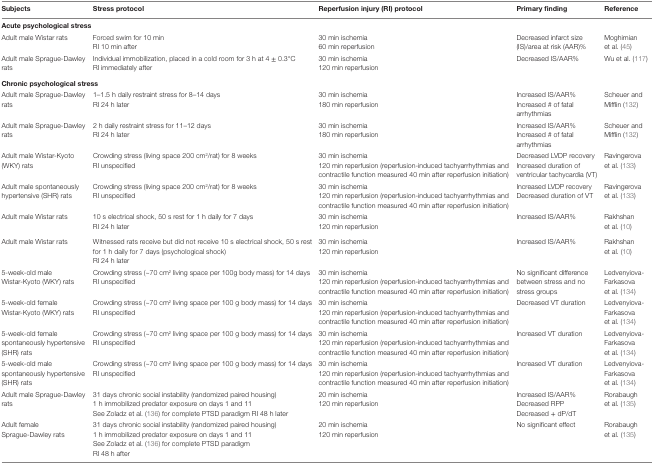
<table><thead><tr><td><b>Subjects</b></td><td><b>Stress protocol</b></td><td><b>Reperfusion injury (RI) protocol</b></td><td><b>Primary finding</b></td><td><b>Reference</b></td></tr></thead><tbody><tr><td colspan="5"><b>Acute psychological stress</b></td></tr><tr><td rowspan="2">Adult male Wistar rats</td><td>Forced swim for 10 min</td><td>30 min ischemia</td><td rowspan="2">Decreased infarct size (IS)/area at risk (AAR)%</td><td rowspan="2">Moghimian et al. (45)</td></tr><tr><td>RI 10 min after</td><td>60 min reperfusion</td></tr><tr><td rowspan="2">Adult male Sprague-Dawley rats</td><td>Individual immobilization, placed in a cold room for 3 h at 4 ± 0.3°C</td><td>30 min ischemia</td><td rowspan="2">Decreased IS/AAR%</td><td rowspan="2">Wu et al. (117)</td></tr><tr><td>RI immediately after</td><td>120 min reperfusion</td></tr><tr><td colspan="5"><b>Chronic psychological stress</b></td></tr><tr><td rowspan="2">Adult male Sprague-Dawley rats</td><td>1–1.5 h daily restraint stress for 8–14 days</td><td>30 min ischemia</td><td>Increased IS/AAR%</td><td rowspan="2">Scheuer and Mifflin (132)</td></tr><tr><td>RI 24 h later</td><td>180 min reperfusion</td><td>Increased # of fatal arrhythmias</td></tr><tr><td rowspan="2">Adult male Sprague-Dawley rats</td><td>2 h daily restraint stress for 11–12 days</td><td>30 min ischemia</td><td>Increased IS/AAR%</td><td rowspan="2">Scheuer and Mifflin (132)</td></tr><tr><td>RI 24 h later</td><td>180 min reperfusion</td><td>Increased # of fatal arrhythmias</td></tr><tr><td rowspan="2">Adult male Wistar-Kyoto (WKY) rats</td><td>Crowding stress (living space 200 cm<sup>2</sup>/rat) for 8 weeks</td><td>30 min ischemia</td><td>Decreased LVDP recovery</td><td rowspan="2">Ravingerova et al. (133)</td></tr><tr><td>RI unspecified</td><td>120 min reperfusion (reperfusion-induced tachyarrhythmias and contractile function measured 40 min after reperfusion initiation)</td><td>Increased duration of ventricular tachycardia (VT)</td></tr><tr><td rowspan="2">Adult male spontaneously hypertensive (SHR) rats</td><td>Crowding stress (living space 200 cm<sup>2</sup>/rat) for 8 weeks</td><td>30 min ischemia</td><td>Increased LVDP recovery</td><td rowspan="2">Ravingerova et al. (133)</td></tr><tr><td>RI unspecified</td><td>120 min reperfusion (reperfusion-induced tachyarrhythmias and contractile function measured 40 min after reperfusion initiation)</td><td>Decreased duration of VT</td></tr><tr><td rowspan="2">Adult male Wistar rats</td><td>10 s electrical shock, 50 s rest for 1 h daily for 7 days</td><td>30 min ischemia</td><td rowspan="2">Increased IS/AAR%</td><td rowspan="2">Rakhshan et al. (10)</td></tr><tr><td>RI 24 h later</td><td>120 min reperfusion</td></tr><tr><td rowspan="2">Adult male Wistar rats</td><td>Witnessed rats receive but did not receive 10 s electrical shock, 50 s rest for 1 h daily for 7 days (psychological shock)</td><td>30 min ischemia</td><td>Increased IS/AAR%</td><td rowspan="2">Rakhshan et al. (10)</td></tr><tr><td>RI 24 h later</td><td>120 min reperfusion</td></tr><tr><td rowspan="2">5-week-old male Wistar-Kyoto (WKY) rats</td><td>Crowding stress (~70 cm<sup>2</sup> living space per 100g body mass) for 14 days</td><td>30 min ischemia</td><td rowspan="2">No significant difference between stress and no stress groups</td><td rowspan="2">Ledvenyiova-Farkasova et al. (134)</td></tr><tr><td>RI unspecified</td><td>120 min reperfusion (reperfusion-induced tachyarrhythmias and contractile function measured 40 min after reperfusion initiation)</td></tr><tr><td rowspan="2">5-week-old female Wistar-Kyoto (WKY) rats</td><td>Crowding stress (~70 cm<sup>2</sup> living space per 100 g body mass) for 14 days</td><td>30 min ischemia</td><td rowspan="2">Decreased VT duration</td><td rowspan="2">Ledvenyiova-Farkasova et al. (134)</td></tr><tr><td>RI unspecified</td><td>120 min reperfusion (reperfusion-induced tachyarrhythmias and contractile function measured 40 min after reperfusion initiation)</td></tr><tr><td rowspan="2">5-week-old female spontaneously hypertensive (SHR) rats</td><td>Crowding stress (~70 cm<sup>2</sup> living space per 100 g body mass) for 14 days</td><td>30 min ischemia</td><td rowspan="2">Increased VT duration</td><td rowspan="2">Ledvenyiova-Farkasova et al. (134)</td></tr><tr><td>RI unspecified</td><td>120 min reperfusion (reperfusion-induced tachyarrhythmias and contractile function measured 40 min after reperfusion initiation)</td></tr><tr><td rowspan="2">5-week-old male spontaneously hypertensive (SHR) rats</td><td>Crowding stress (~70 cm<sup>2</sup> living space per 100 g body mass) for 14 days</td><td>30 min ischemia</td><td rowspan="2">Increased VT duration</td><td rowspan="2">Ledvenyiova-Farkasova et al. (134)</td></tr><tr><td>RI unspecified</td><td>120 min reperfusion (reperfusion-induced tachyarrhythmias and contractile function measured 40 min after reperfusion initiation)</td></tr><tr><td rowspan="3">Adult male Sprague-Dawley rats</td><td>31 days chronic social instability (randomized paired housing)</td><td>20 min ischemia</td><td>Increased IS/AAR%</td><td rowspan="3">Rorabaugh et al. (135)</td></tr><tr><td>1 h immobilized predator exposure on days 1 and 11</td><td rowspan="2">120 min reperfusion</td><td>Decreased RPP</td></tr><tr><td>See Zoladz et al. (136) for complete PTSD paradigm RI 48 h later</td><td>Decreased + dP/dT</td></tr><tr><td rowspan="4">Adult female Sprague-Dawley rats</td><td>31 days chronic social instability (randomized paired housing)</td><td>20 min ischemia</td><td rowspan="4">No significant effect</td><td rowspan="4">Rorabaugh et al. (135)</td></tr><tr><td>1 h immobilized predator exposure on days 1 and 11</td><td rowspan="3">120 min reperfusion</td></tr><tr><td>See Zoladz et al. (136) for complete PTSD paradigm</td></tr><tr><td>RI 48 h after</td></tr></tbody></table>